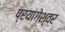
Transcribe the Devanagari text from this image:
प्रयागेश्वर